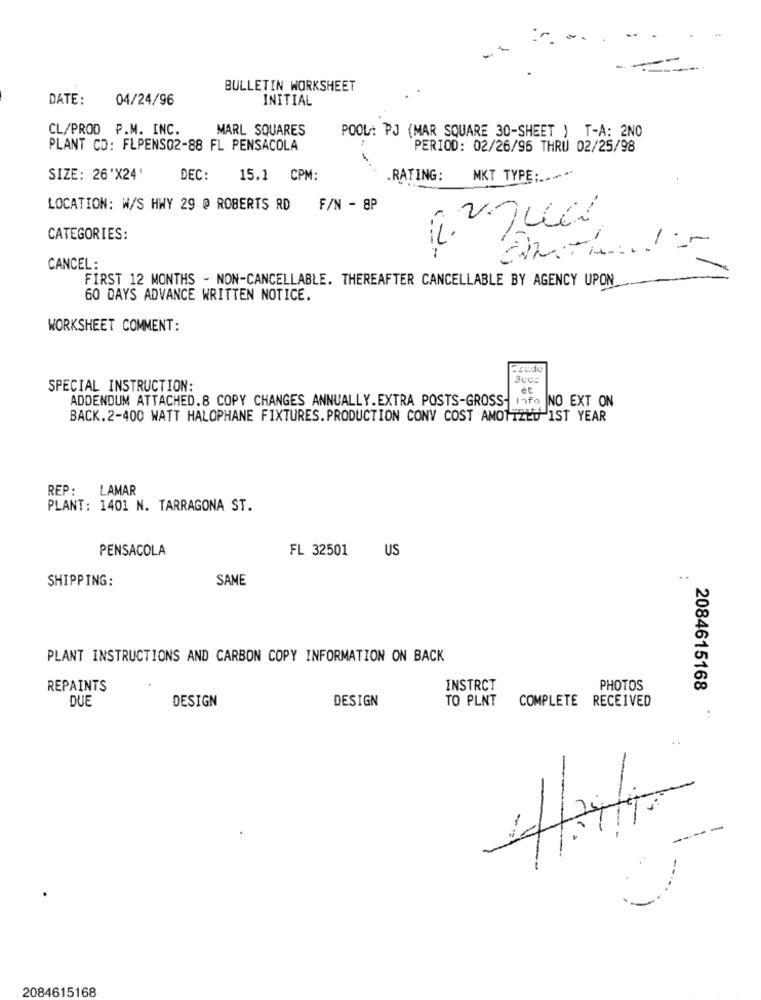
BULLETIN WORKSHEET
DATE:
04/24/96
INITIAL
CL/PROD P.M. INC.
MARL SQUARES
POOL: PJ (MAR SQUARE 30-SHEET ) T-A: 2NO
PLANT CD: FLPENSO2-88 FL PENSACOLA
PERIOD: 02/26/96 THRU 02/25/98
-
SIZE: 26'X24'
DEC:
15.1 CPM:
RATING:
MKT TYPE :....
.2
LOCATION: W/S HWY 29 @ ROBERTS RD F/N - 8P
CATEGORIES:
CANCEL:
FIRST 12 MONTHS - NON-CANCELLABLE. THEREAFTER CANCELLABLE BY AGENCY UPON
60 DAYS ADVANCE WRITTEN NOTICE.
WORKSHEET COMMENT:
SPECIAL INSTRUCTION:
et
ADDENDUM ATTACHED.8 COPY CHANGES ANNUALLY. EXTRA POSTS-GROSS- Info NO EXT ON
BACK.2-400 WATT HALOPHANE FIXTURES. PRODUCTION CONV COST AMOTTZED 1ST YEAR
REP: LAMAR
PLANT: 1401 N. TARRAGONA ST.
PENSACOLA
FL 32501
US
SHIPPING:
SAME
..
PLANT INSTRUCTIONS AND CARBON COPY INFORMATION ON BACK
REPAINTS
INSTRCT
PHOTOS
2084615168
DUE
DESIGN
DESIGN
TO PLNT
COMPLETE RECEIVED
..
2084615168